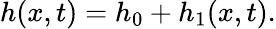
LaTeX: h(x,t)=h_{0}+h_{1}(x,t).